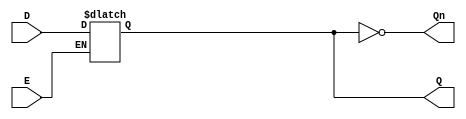
module async_gated_latch (
    input wire D,    // Data input
    input wire E,    // Enable signal
    output reg Q,    // Output
    output wire Qn   // Complementary output
);

// Complementary output
assign Qn = ~Q;

// Latch behavior
always @(*) begin
    if (E) begin
        Q = D;  // Capture data input when enable is high
    end
    // If E is low, Q retains its previous value (no change)
end

endmodule